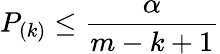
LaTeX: P_{(k)}\leq{\frac{\alpha}{m-k+1}}